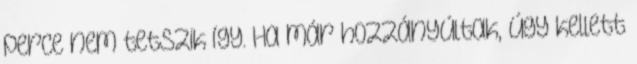
perce nem tetszik így. Ha már hozzányúltak, úgy kellett